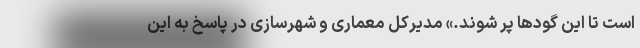
است تا این گودها پر شوند.» مدیرکل معماری و شهرسازی در پاسخ به این